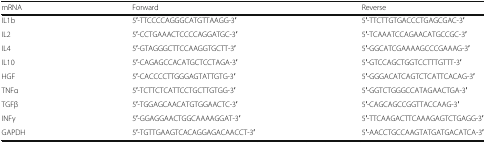
| mRNA | Forward | Reverse |
 | --- | --- | --- |
 | IL1b | 5′-TTCCCCAGGGCATGTTAAGG-3′ | 5′-TTCTTGTGACCCTGAGCGAC-3′ |
 | IL2 | 5′-CCTGAAACTCCCCAGGATGC-3′ | 5′-TCAAATCCAGAACATGCCGC-3′ |
 | IL4 | 5′-GTAGGGCTTCCAAGGTGCTT-3′ | 5′-GGCATCGAAAAGCCCGAAAG-3′ |
 | IL10 | 5′-CAGAGCCACATGCTCCTAGA-3′ | 5′-GTCCAGCTGGTCCTTTGTTT-3′ |
 | HGF | 5′-CACCCCTTGGGAGTATTGTG-3′ | 5′-GGGACATCAGTCTCATTCACAG-3′ |
 | TNFα | 5′-TCTTCTCATTCCTGCTTGTGG-3′ | 5′-GGTCTGGGCCATAGAACTGA-3′ |
 | TGFβ | 5′-TGGAGCAACATGTGGAACTC-3′ | 5′-CAGCAGCCGGTTACCAAG-3′ |
 | INFγ | 5′-GGAGGAACTGGCAAAAGGAT-3′ | 5′-TTCAAGACTTCAAAGAGTCTGAGG-3′ |
 | GAPDH | 5′-TGTTGAAGTCACAGGAGACAACCT-3′ | 5′-AACCTGCCAAGTATGATGACATCA-3′ |